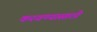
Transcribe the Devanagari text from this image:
करवण्यासाठी